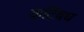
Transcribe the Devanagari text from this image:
कटिंबध